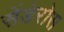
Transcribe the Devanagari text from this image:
सेंडेरोस